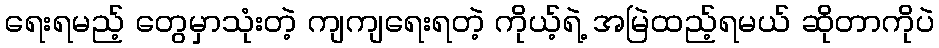
ရေးရမည့် တွေမှာသုံးတဲ့ ကျကျရေးရတဲ့ ကိုယ့်ရဲ့ အမြဲထည့်ရမယ် ဆိုတာကိုပဲ